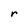
Character: r